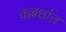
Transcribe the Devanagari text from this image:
वल्लर्धात